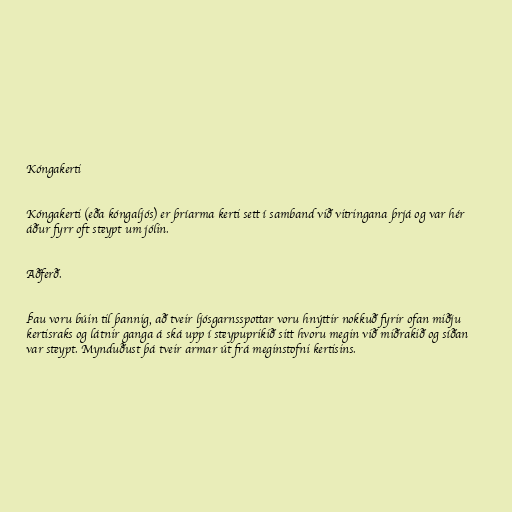
Kóngakerti

Kóngakerti (eða kóngaljós) er þríarma kerti sett í samband við vitringana þrjá og var hér
áður fyrr oft steypt um jólin.

Aðferð.

Þau voru búin til þannig, að tveir ljósgarnsspottar voru hnýttir nokkuð fyrir ofan miðju
kertisraks og látnir ganga á ská upp í steypuprikið sitt hvoru megin við miðrakið og síðan
var steypt. Mynduðust þá tveir armar út frá meginstofni kertisins.